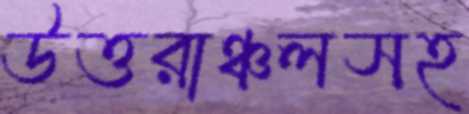
উত্তরাঞ্চলসহ